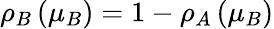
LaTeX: \rho_{B}\left(\mu_{B}\right)=1-\rho_{A}\left(\mu_{B}\right)